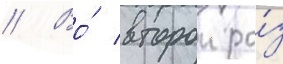
// Во́ второи ра́з